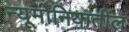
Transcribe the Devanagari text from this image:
न्यूमोनियातील